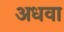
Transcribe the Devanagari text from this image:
अधवा